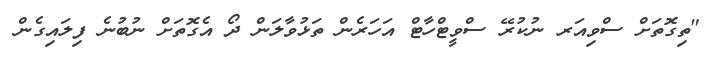
"ތިގޮތަށް ސްވިއަރ ނުކުރޭ ސްވީޓްހާޓް އަހަރެން ތަޅުވާލަން ދޯ އެގޮތަށް ނުބުނެ ފިލައިގެން